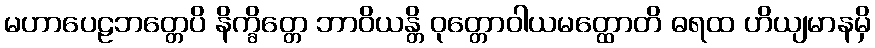
မဟာပေဠဘတ္တေပိ နိက္ခိတ္တေ ဘာဝိယန္တိ ဝုတ္တောဝါယမတ္ထောတိ ဓရထ ဟိယျမာနမှိ